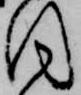
目